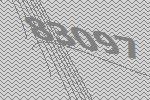
83097